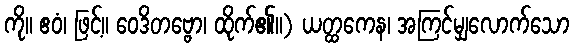
ကို။ ဧဝံ၊ ဖြင့်။ ဝေဒိတဗ္ဗော၊ ထိုက်၏။) ယတ္ထကေန၊ အကြင်မျှလောက်သော